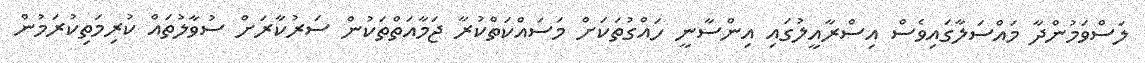
ލަސްވަމުންދާ މައްސަލާގައިވެސް އިސްރާއީލުގައި އިންސާނީ ހައްގުތަކަށް މަސައްކަތްކުރާ ޖަމާއަތްތަކުން ސަރުކާރަށް ސުވާލުތައް ކުރިމަތިކުރަމުން